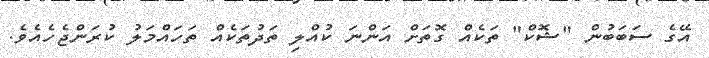
އޭގެ ސަބަބުން "ޝޮކް" ތަކެއް ގޮތަށް އަންނަ ކުއްލި ތަދުތަކެއް ތަހައްމަލު ކުރަންޖެހެއެވެ.